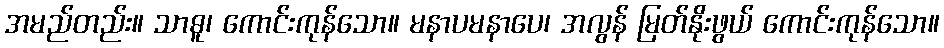
အမည်တည်း။ သာဓူ၊ ကောင်းကုန်သော။ မနာပမနာပေ၊ အလွန် မြတ်နိုးဖွယ် ကောင်းကုန်သော။